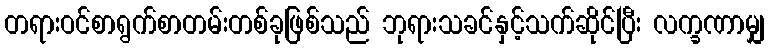
တရားဝင်စာရွက်စာတမ်းတစ်ခုဖြစ်သည် ဘုရားသခင်နှင့်သက်ဆိုင်ပြီး လက္ခဏာမျှ